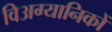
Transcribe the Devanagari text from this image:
विअग्यानिकों